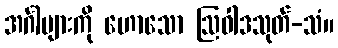
အင်္ဂါများကို ဟောသော ဩဝါဒသုတ်-သံ။